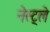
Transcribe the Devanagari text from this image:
नेस्ट्ले